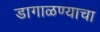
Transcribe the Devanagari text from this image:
डागाळण्याचा